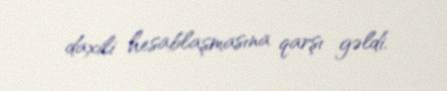
daxili hesablaşmasına qarşı gəldi.